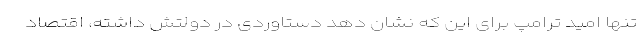
تنها امید ترامپ برای این که نشان دهد دستاوردی در دولتش داشته، اقتصاد